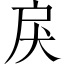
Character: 戾